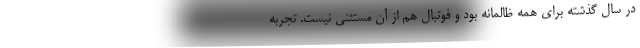
در سال گذشته برای همه ظالمانه بود و فوتبال هم از آن مستثنی نیست. تجربه